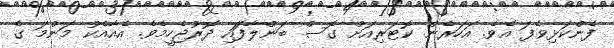
ފެންކަޅިވެފަ އެވެ. އަހަރެން ކޮޓަރިއަށް ގޮސް ބަންލާފަަައި ދޮރުޖެހީމެވެ. އެއާއެކު މަންމަ ގެ